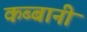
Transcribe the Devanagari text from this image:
कब्बानी